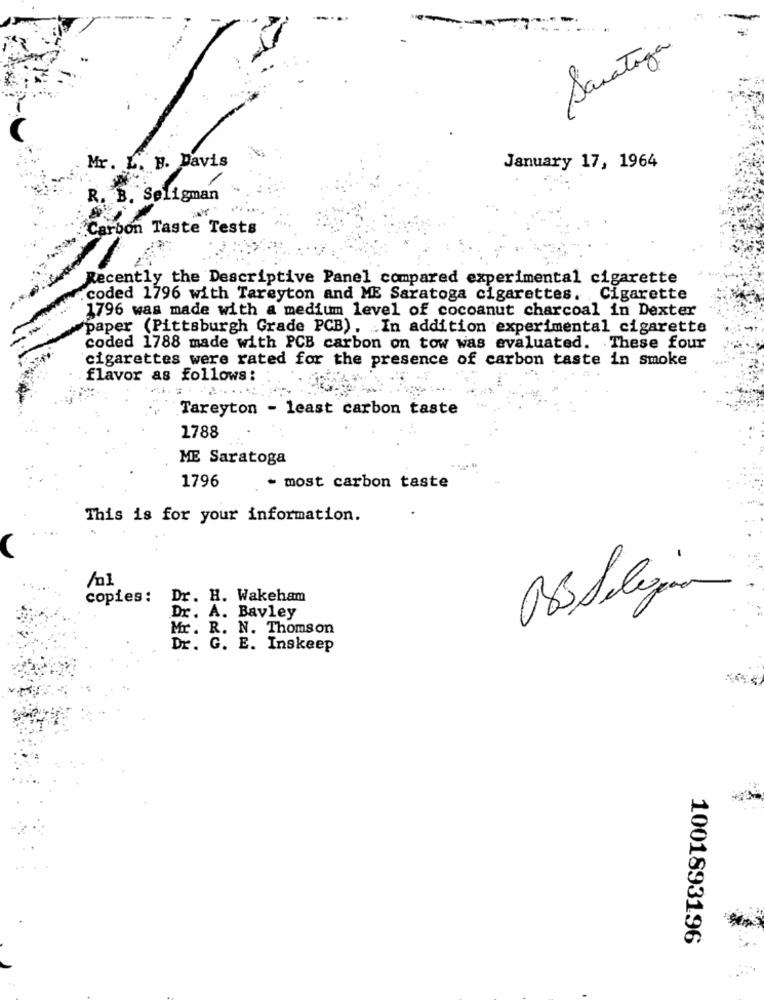
Saratoga
Mr. L. B. Davis
January 17, 1964
. B. Seligman
arbon Taste Tests
Recently the Descriptive Panel compared experimental cigarette
coded 1796 with Tareyton and ME Saratoga cigarettes. Cigarette
1796 was made with a medium level of cocoanut charcoal in Dexter
paper (Pittsburgh Grade PCB). In addition experimental cigarette
coded 1788 made with PCB carbon on tow was evaluated. These four
cigarettes were rated for the presence of carbon taste in smoke
flavor as follows:
Tareyton - least carbon taste
1788
ME Saratoga
1796
- most carbon taste
This is for your information.
ObSelezion
copies :
Dr. H. Wakeham
Dr. A. Bavley
Mr. R. N. Thomson
Dr. G. E. Inskeep
1001893196